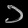
Digit: ၁